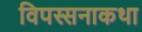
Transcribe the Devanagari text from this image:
विपस्सनाकथा